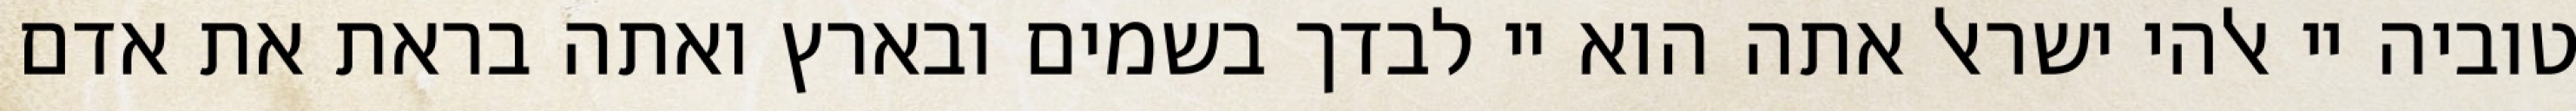
טוביה יי אלהי ישראל אתה הוא יי לבדך בשמים ובארץ ואתה בראת את אדם